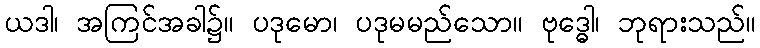
ယဒါ၊ အကြင်အခါ၌။ ပဒုမော၊ ပဒုမမည်သော။ ဗုဒ္ဓေါ၊ ဘုရားသည်။